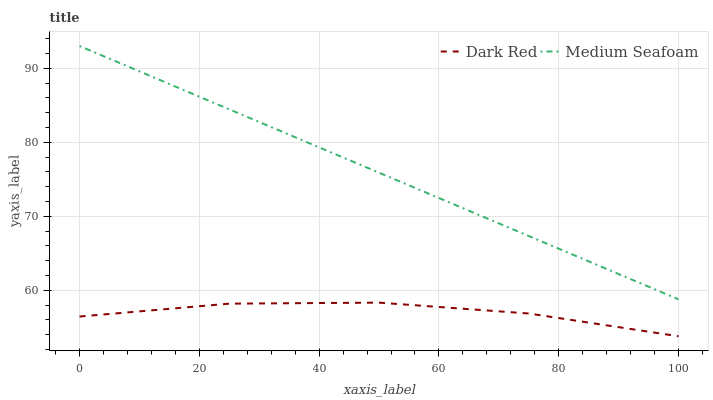
| xaxis_label | Dark Red | Medium Seafoam |
 | --- | --- | --- |
 | 0 | 56.5 | 93 |
 | 25 | 58.2 | 84.4 |
 | 50 | 58.3 | 75.9 |
 | 75 | 56.9 | 67.3 |
 | 100 | 53.8 | 58.8 |